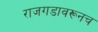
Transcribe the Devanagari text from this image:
राजगडावरूनच